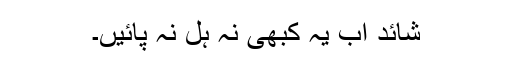
شائد اب یہ کبھی نہ ہل نہ پائیں۔